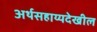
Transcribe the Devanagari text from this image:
अर्थसहाय्यदेखील